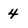
Character: 4